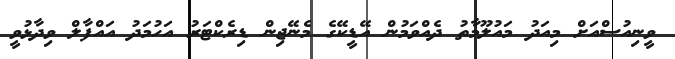
ވީނިއުސްއަށް މިއަދު މައުލޫމާތު ދެއްވަމުން އޭޑީކޭގެ މެނޭޖިން ޑިރެކްޓަރު އަހުމަދު އައްފާލް ވިދާޅުވީ